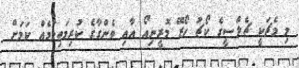
މި މެޗަކީ ޗެލްސީގެ ކޯޗު ހޯޒޭ މޮރީނިއޯ އާއި ވެންގާގެ ކުރިމަތިލުމެއް ކަމަށް